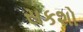
સકશો